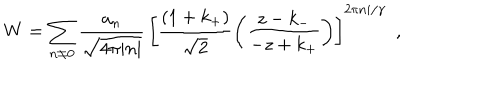
W = \sum _ { n \ne 0 } \frac { a _ { n } } { \sqrt { 4 \pi | n | } } \, \left[ \frac { ( 1 + k _ { + } ) } { \sqrt { 2 } } \left( \frac { z - k _ { - } } { - z + k _ { + } } \right) \right] ^ { 2 \pi n i / \gamma } \ \ ,